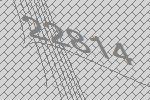
22814